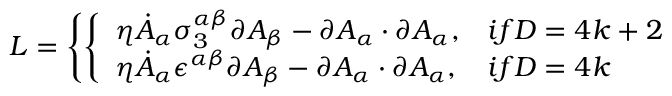
{ \cal L } = \left\{ \left\{ \begin{array} { l l } { { \eta \dot { A } _ { \alpha } \sigma _ { 3 } ^ { \alpha \beta } \partial A _ { \beta } - \partial A _ { \alpha } \cdot \partial A _ { \alpha } , } } & { { i f D = 4 k + 2 } } \\ { { \eta \dot { A } _ { \alpha } \epsilon ^ { \alpha \beta } \partial A _ { \beta } - \partial A _ { \alpha } \cdot \partial A _ { \alpha } , } } & { { i f D = 4 k } } \end{array} \right. \right.